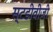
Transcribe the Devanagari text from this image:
स्टडीवीज़ी